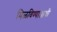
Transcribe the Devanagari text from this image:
मिळविण्याआधी